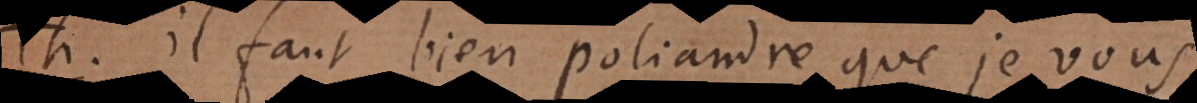
h. Il faut bien Poliandre que je vous